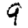
Digit: 9